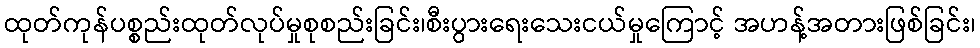
ထုတ်ကုန်ပစ္စည်းထုတ်လုပ်မှုစုစည်းခြင်း၊စီးပွားရေးသေးငယ်မှုကြောင့် အဟန့်အတားဖြစ်ခြင်း၊